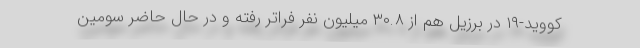
کووید-۱۹ در برزیل هم از ۳۰.۸ میلیون نفر فراتر رفته و در حال حاضر سومین